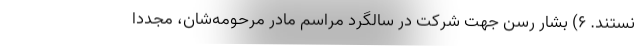
نستند. ۶) بشار رسن جهت شرکت در سالگرد مراسم مادر مرحومه‌شان، مجددا